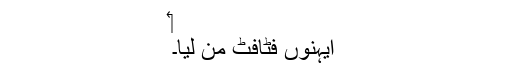
‏
ایہنوں فٹافٹ من لیا۔